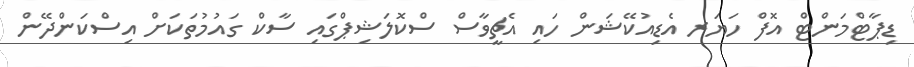
ޑިޕާޓްމަންޓް އޮފް ހަޔަރ އެޑިއުކޭޝަން ހައި އެޗީވާސް ސްކޮލަޝިޕްގައި ސާކް ގައުމުތަކަށް އިސްކަންދޭން